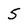
Character: 5